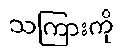
သကြားကို